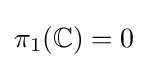
\pi _{1}(\mathbb {C} )=0